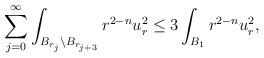
LaTeX: \begin{align*}\sum_{j = 0}^{\infty} \int_{B_{r_{j}}\setminus B_{r_{j+3}}} r^{2-n} u_r^2 \leq 3 \int_{B_{1}} r^{2-n} u_r^2,\end{align*}